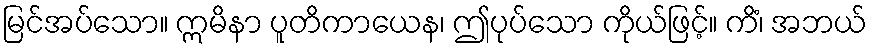
မြင်အပ်သော။ ဣမိနာ ပူတိကာယေန၊ ဤပုပ်သော ကိုယ်ဖြင့်။ ကိံ၊ အဘယ်